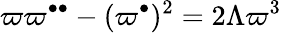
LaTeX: \varpi\varpi^{\bullet\bullet}-(\varpi^{\bullet})^{2}=2\Lambda\varpi^{3}